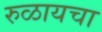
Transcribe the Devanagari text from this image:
रुळायचा